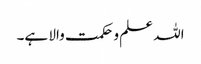
اللہ علم و حکمت والا ہے۔